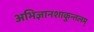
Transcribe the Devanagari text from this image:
अभिज्ञानशाकुन्तलम्‌